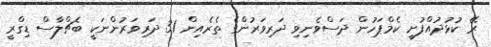
ރޭ ކުޅުދުއްފުށީ ކެމްޕަހުން ދަސްވެނިވި ދަރިވަރުންގެ ތެރެއިން 31 ދަރިވަރުންނަކީ ބެޗްލާސް ޑިގްރީ